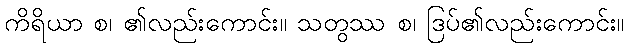
ကိရိယာ စ၊ ၏လည်းကောင်း။ သတွဿ စ၊ ဒြပ်၏လည်းကောင်း။